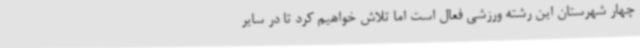
چهار شهرستان این رشته ورزشی فعال است اما تلاش خواهیم کرد تا در سایر